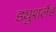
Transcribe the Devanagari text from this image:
ड्युशलैंड